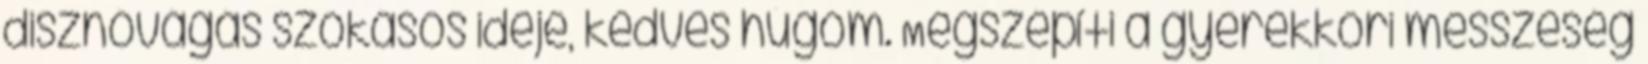
disznóvágás szokásos ideje, kedves húgom. Megszépíti a gyerekkori messzeség